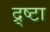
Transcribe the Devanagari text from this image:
द्र्ष्टा